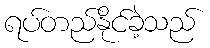
ရပ်တည်နိုင်ခဲ့သည်